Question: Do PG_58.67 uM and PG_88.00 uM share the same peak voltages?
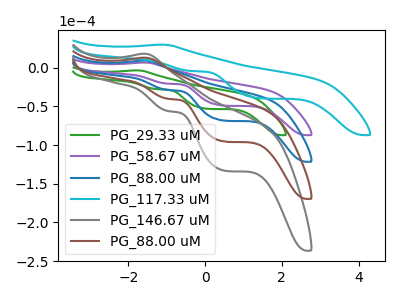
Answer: <think>The green curve "PG_29.33 uM" has an anodic peak at (-1.80V, -3.45uA) and cathodic peaks at (-1.25V, -27.80uA) (0.05V, -53.10uA). The purple curve "PG_58.67 uM" has an anodic peak at (-1.60V, 6.65uA) and cathodic peaks at (-0.95V, -20.65uA) (0.50V, -48.95uA). The blue curve "PG_88.00 uM" has an anodic peak at (-1.60V, 9.30uA) and cathodic peaks at (-0.95V, -28.80uA) (0.50V, -68.30uA). The cyan curve "PG_117.33 uM" has an anodic peak at (-1.15V, 29.75uA) and cathodic peaks at (-0.35V, -4.25uA) (1.45V, -39.55uA). The gray curve "PG_146.67 uM" has an anodic peak at (-1.60V, 27.90uA) and cathodic peaks at (-0.95V, -86.40uA) (0.50V, -204.85uA). The brown curve "PG_88.00 uM" has an anodic peak at (-1.60V, 18.60uA) and cathodic peaks at (-0.95V, -57.60uA) (0.50V, -136.55uA).</think>
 <answer>Yes, "PG_58.67 uM" have a peak in "PG_88.00 uM" at the same potential.</answer>
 <eval>match</eval>